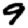
Digit: 9